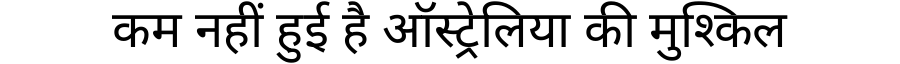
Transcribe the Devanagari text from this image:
कम नहीं हुई है ऑस्ट्रेलिया की मुश्किल